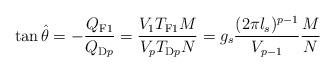
LaTeX: \begin{align*}\tan \hat{\theta} = - \frac{Q_{\rm F1}}{Q_{{\rm D}p}} = \frac{V_1 T_{\rm F1} M}{V_p T_{{\rm D}p} N}= g_s \frac{(2\pi l_s )^{p-1} }{V_{p-1}} \frac{M}{N}\end{align*}